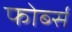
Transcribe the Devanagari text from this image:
फोर्ब्‍स